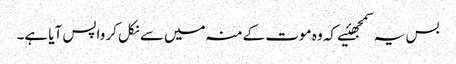
بس یہ سمجھئیے کہ وہ موت کے منہ میں‌سے نکل کر واپس آیا ہے۔